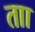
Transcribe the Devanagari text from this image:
ताा